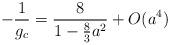
LaTeX: \begin{align*}-{1\over g_{c}} = {8\over {1 - {8\over 3}a^{2}}} + O(a^{4})\end{align*}